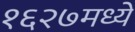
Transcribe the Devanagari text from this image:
१६२७मध्ये